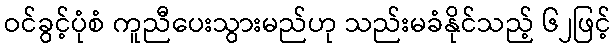
ဝင်ခွင့်ပုံစံ ကူညီပေးသွားမည်ဟု သည်းမခံနိုင်သည့် ၆၂ဖြင့်